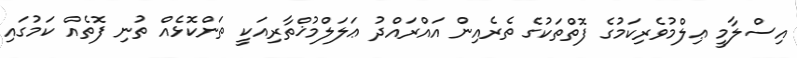
އިސްލާމީ ޢިލްމުވެރިކަމުގެ ފޮތްތަކުގެ ތެރެއިން އައްރައްދު ޢަލަލްމުޚްތާރިއަކީ ތަންކޮޅެއް ތުނި ފޮތެއް ކަމުގައި